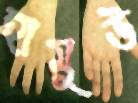
হামুউ